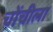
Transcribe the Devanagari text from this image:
चोंचीला